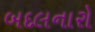
બદલનારો